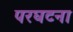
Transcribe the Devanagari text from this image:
परघटना